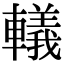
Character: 轙